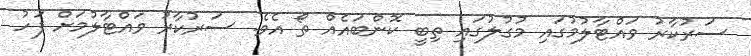
ސަރުކާރު ވައްޓާލުމުގައި މުގުލުގައި ތިބީ ކޮންބައެއް ތޯ އެވެ. ސަރުކާރު ވައްޓާލުމަށް ފަހު